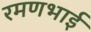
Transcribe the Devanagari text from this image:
रमणभाई